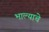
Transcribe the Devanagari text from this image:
भाल्याचे